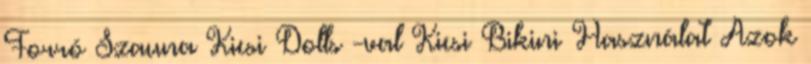
Forró Szauna Kicsi Dolls -val Kicsi Bikini Használat Azok